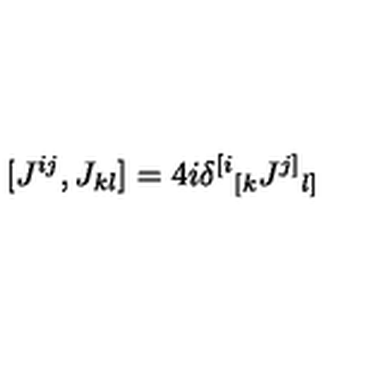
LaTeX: [ J ^ { i j } , J _ { k l } ] = 4 i \delta ^ { [ i } { } _ { [ k } J ^ { j ] } { } _ { l ] }